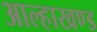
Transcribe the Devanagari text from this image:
आल्हाखण्ड